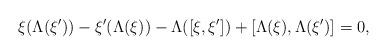
LaTeX: \begin{align*}\xi(\Lambda(\xi'))-\xi'(\Lambda(\xi))-\Lambda([\xi,\xi'])+[\Lambda(\xi),\Lambda(\xi')]=0,\end{align*}